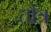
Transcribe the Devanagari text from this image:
तौत्र